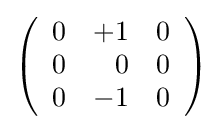
\left({\begin{array}{rrr}0&+1&0\\0&0&0\\0&-1&0\end{array}}\right)